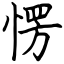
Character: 愣